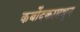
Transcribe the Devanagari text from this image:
कर्बोदकामधून